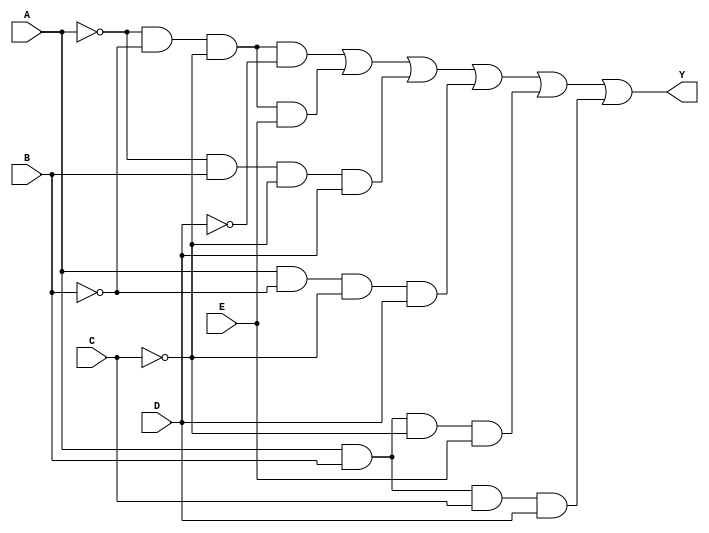
module five_variable_kmap (
    input wire A,  // Variable A
    input wire B,  // Variable B
    input wire C,  // Variable C
    input wire D,  // Variable D
    input wire E,  // Variable E
    output wire Y  // Output Y
);

// Define the output logic based on the minimized expression from the K-map
// Example SOP expression: Y = A'B'C'D' + A'B'C'E + A'BC'D + AB'C'D + ABC'E + ABCD
assign Y = (~A & ~B & ~C & ~D) |  // Minterm 0
           (~A & ~B & ~C & E) |  // Minterm 1
           (~A & B & ~C & D) |   // Minterm 4
           (A & ~B & ~C & D) |   // Minterm 8
           (A & B & ~C & E) |    // Minterm 10
           (A & B & C & D);      // Minterm 15

endmodule